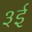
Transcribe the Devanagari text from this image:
३ई